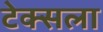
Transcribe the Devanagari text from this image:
टेक्सला